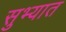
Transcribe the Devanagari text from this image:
सुभ्यात